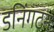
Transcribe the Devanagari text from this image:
डनिंगटन